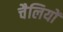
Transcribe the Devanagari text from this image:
चैलियों